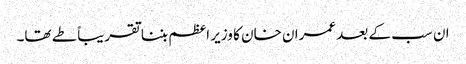
ان سب کے بعد عمران خان کا وزیر اعظم بننا تقریباً طے تھا۔